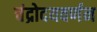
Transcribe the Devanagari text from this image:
चंद्रोदयवर्णन